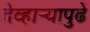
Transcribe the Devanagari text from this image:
देव्हार्‍यापुढे